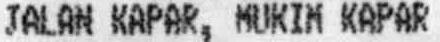
JALAN KAPAR, MUKIM KAPAR